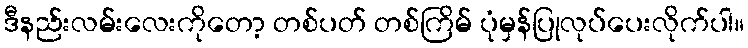
ဒီနည်းလမ်းလေးကိုတော့ တစ်ပတ် တစ်ကြိမ် ပုံမှန်ပြုလုပ်ပေးလိုက်ပါ။